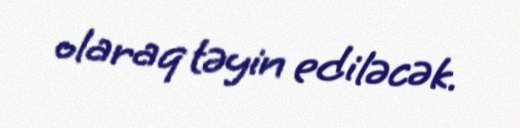
olaraq təyin ediləcək.